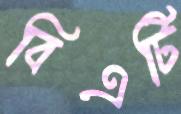
বিএটি